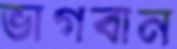
ভাগবান